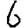
Digit: 6